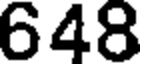
648